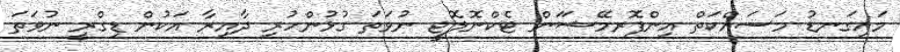
މައިގަނޑު މަސައްކަތް އިންފޮރމޭޝަަން ޓެކްނޮލޮޖީ ނުވަތަ ގުޅުންހުރި ދާއިރާ އަކުން ޑިގްރީ ނުވަތަ